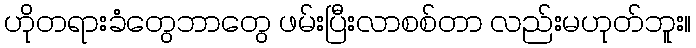
ဟိုတရားခံတွေဘာတွေ ဖမ်းပြီးလာစစ်တာ လည်းမဟုတ်ဘူး။